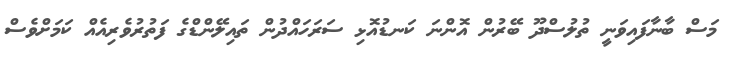
މަސް ބާނާފައިވަނީ ތުލުސްދޫ ބޭރުން އޮންނަ ކަނޑުއޮޅި ސަރަހައްދުން ތައިލޭންޑްގެ ފަތުރުވެރިއެއް ކަމަށްވެސް